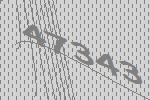
47343